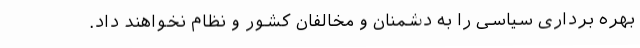
بهره برداری سیاسی را به دشمنان و مخالفان کشور و نظام نخواهند داد.